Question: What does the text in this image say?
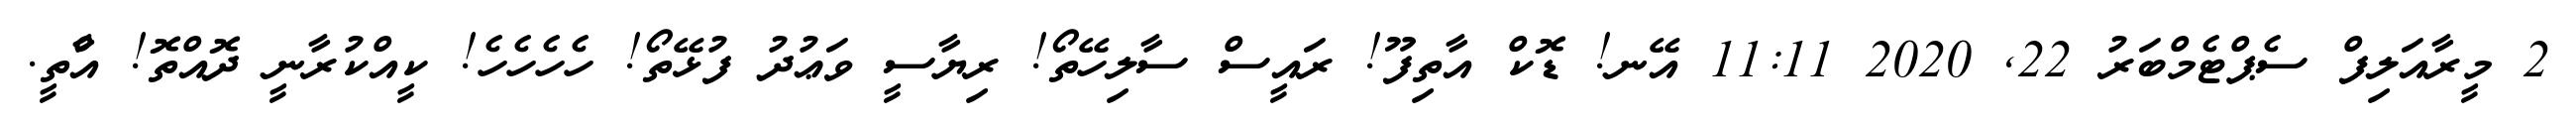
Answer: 2 މީރާއަލިފް ސެޕްޓެމްބަރު 22, 2020 11:11 އޭނ! ޑޮކް އާތިފޫ! ރައީސް ސާލިހޭތޯ! ރިޔާސީ ވަޢުދު ފުޅޭތޯ! ހެހެހެހެ! ކީއްކުރާނީ ދޮއްތޮ! އާްތީ.